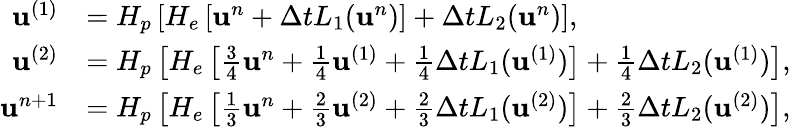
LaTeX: \begin{array}{rl}{\mathbf{u}^{(1)}}&{=H_{p}\left[H_{e}\left[\mathbf{u}^{n}+\Delta tL_{1}(\mathbf{u}^{n})\right]+\Delta tL_{2}(\mathbf{u}^{n})\right],}\\ {\mathbf{u}^{(2)}}&{=H_{p}\left[H_{e}\left[\frac{3}{4}\mathbf{u}^{n}+\frac{1}{4}\mathbf{u}^{(1)}+\frac{1}{4}\Delta tL_{1}(\mathbf{u}^{(1)})\right]+\frac{1}{4}\Delta tL_{2}(\mathbf{u}^{(1)})\right],}\\ {\mathbf{u}^{n+1}}&{=H_{p}\left[H_{e}\left[\frac{1}{3}\mathbf{u}^{n}+\frac{2}{3}\mathbf{u}^{(2)}+\frac{2}{3}\Delta tL_{1}(\mathbf{u}^{(2)})\right]+\frac{2}{3}\Delta tL_{2}(\mathbf{u}^{(2)})\right],}\end{array}